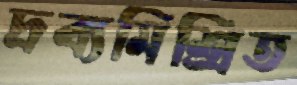
দ্রব্যমিশ্রিত